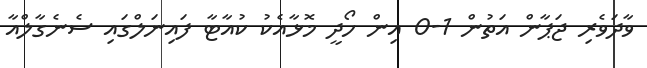
ވާދަވެރި ޖަޕާން އަތުން 1-0 އިން ހޯދީ މޮޅާއެކު ކުއާޓާ ފައިނަލްގައި ސެނެގާލްއާ